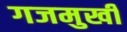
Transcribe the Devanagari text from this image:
गजमुखी